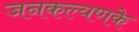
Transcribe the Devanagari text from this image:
जनकल्यणके